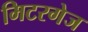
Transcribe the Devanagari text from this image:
मिटरगेज